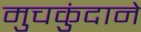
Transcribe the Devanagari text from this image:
मुचकुंदाने